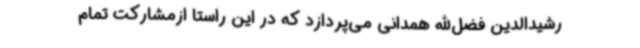
رشیدالدین فضل‌الله همدانی می‌پردازد که در این راستا ازمشارکت تمام